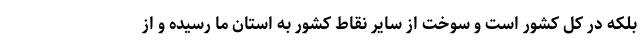
بلکه در کل کشور است و سوخت از سایر نقاط کشور به استان ما رسیده و از